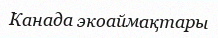
Канада экоаймақтары